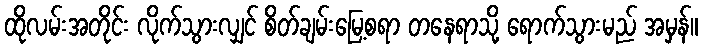
ထိုလမ်းအတိုင်း လိုက်သွားလျှင် စိတ်ချမ်းမြေ့စရာ တနေရာသို့ ရောက်သွားမည် အမှန်။